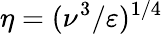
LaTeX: \eta=(\nu^{3}/\varepsilon)^{1/4}